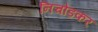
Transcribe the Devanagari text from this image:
निचोडकर